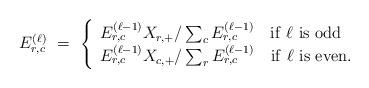
LaTeX: \begin{align*}E^{(\ell)}_{r,c} \ =\ \left\{ \begin{array}{lr} E^{(\ell -1)}_{r,c}X_{r,+} / \sum_{c} E^{(\ell -1)}_{r,c}\ \ \ {\rm if }\ \ell\ {\rm is\ odd}\\ E^{(\ell -1)}_{r,c}X_{c,+} / \sum_{r} E^{(\ell -1)}_{r,c}\ \ \ {\rm if }\ \ell\ {\rm is\ even.} \end{array} \right.\end{align*}